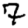
Digit: 7